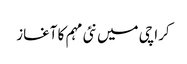
کراچی میں نئی مہم کا آغاز